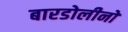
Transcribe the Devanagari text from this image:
बारडोलीनो